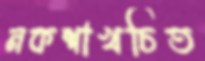
নকশাখচিত